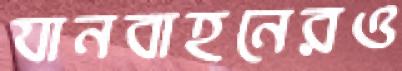
যানবাহনেরও